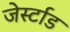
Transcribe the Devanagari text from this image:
जेर्स्टाड